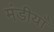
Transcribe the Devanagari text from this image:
मंडीयाँ